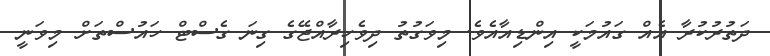
ދަތުރުކުރާ އެއް ގައުމަކީ އިންޑިއާއެވެ. މިވަގުތު ދިވެހިރާއްޖޭގެ ގިނަ ގެސްޓް ހައުސްތަށް މިވަނީ